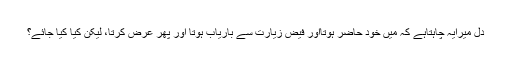
دل میرایہ چاہتاہے کہ میں خود حاضر ہوتااور فیضِ زیارت سے باریاب ہوتا اور پھر عرض کرتا، لیکن کیا کیا جائے؟